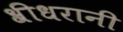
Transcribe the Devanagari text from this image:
श्रीधरानी